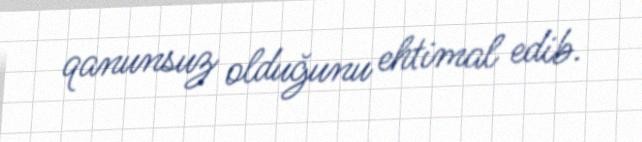
qanunsuz olduğunu ehtimal edib.